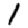
Digit: 1